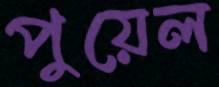
পুয়েল